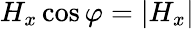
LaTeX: H_{x}\cos\varphi=|{H_{x}}|